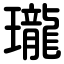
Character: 瓏